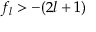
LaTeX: f _ { l } > - ( 2 l + 1 )